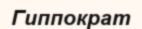
Гиппократ